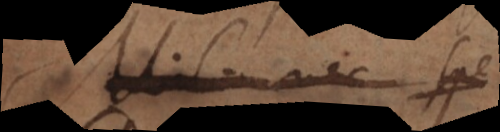
nec spe